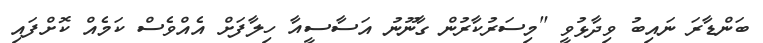
ބަންޑާރަ ނައިބު ވިދާޅުވީ "މިސަރުކާރުން ގާނޫނު އަސާސީއާ ހިލާފަށް އެއްވެސް ކަމެއް ކޮށްފައި